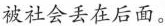
被社会丢在后面。